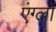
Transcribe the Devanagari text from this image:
एंग्लों